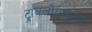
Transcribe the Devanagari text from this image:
ट्रायलोबाइट्स